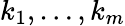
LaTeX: k_{1},\ldots,k_{m}